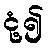
ငုံ့၍